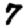
Digit: 7